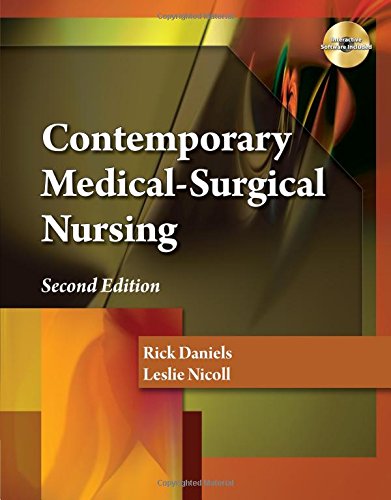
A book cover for Contemporary Medical-Surgical Nursing; Rick Daniels; Medical Books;